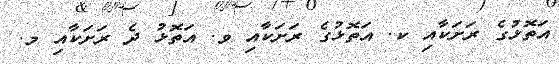
އަތޮޅުގެ ރަށަކާއި ކ. އަތޮޅުގެ ރަށަކާއި ވ. އަތޮޅު ދެ ރަށަކާއި މ.